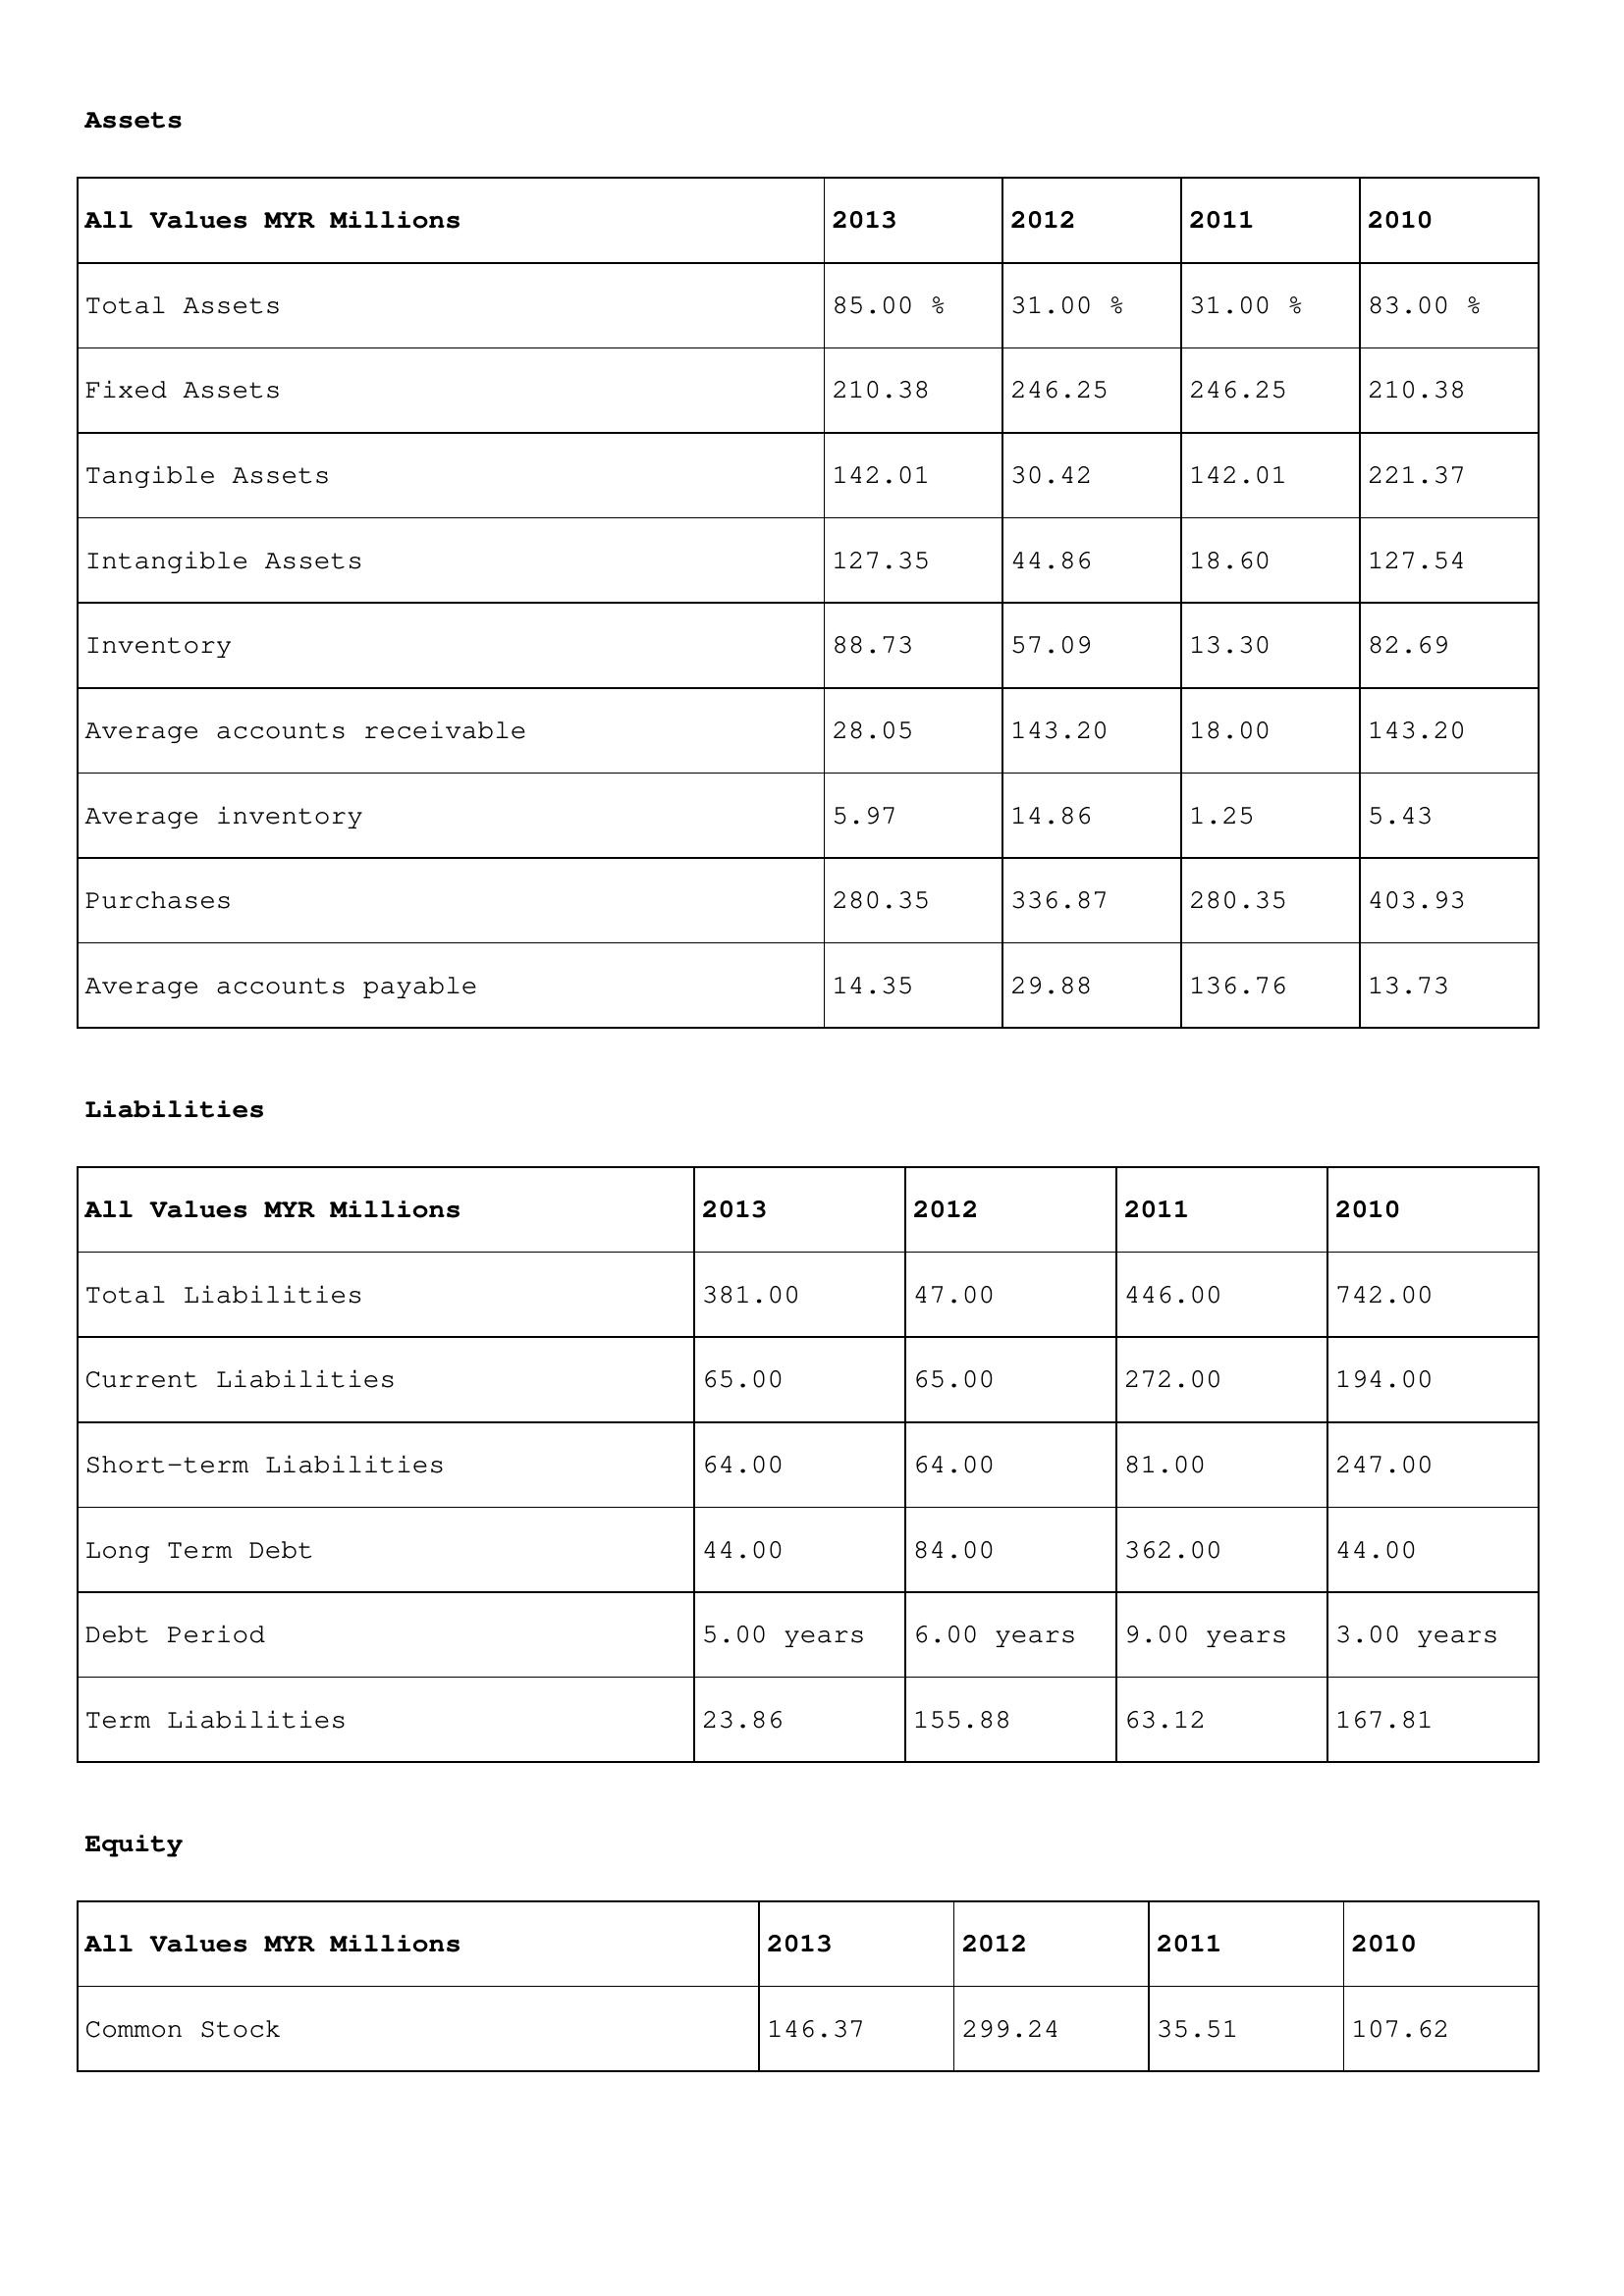
gt_parse: 2013: Assets: Total Assets: 85.00 %
Fixed Assets: 210.38
Tangible Assets: 142.01
Intangible Assets: 127.35
Inventory: 88.73
Average accounts receivable: 28.05
Average inventory: 5.97
Purchases: 280.35
Average accounts payable: 14.35
Liabilities: Total Liabilities: 381.00
Current Liabilities: 65.00
Short-term Liabilities: 64.00
Long Term Debt: 44.00
Debt Period: 5.00 years
Term Liabilities: 23.86
Equity: Common Stock: 146.37
2012: Assets: Total Assets: 31.00 %
Fixed Assets: 246.25
Tangible Assets: 30.42
Intangible Assets: 44.86
Inventory: 57.09
Average accounts receivable: 143.20
Average inventory: 14.86
Purchases: 336.87
Average accounts payable: 29.88
Liabilities: Total Liabilities: 47.00
Current Liabilities: 65.00
Short-term Liabilities: 64.00
Long Term Debt: 84.00
Debt Period: 6.00 years
Term Liabilities: 155.88
Equity: Common Stock: 299.24
2011: Assets: Total Assets: 31.00 %
Fixed Assets: 246.25
Tangible Assets: 142.01
Intangible Assets: 18.60
Inventory: 13.30
Average accounts receivable: 18.00
Average inventory: 1.25
Purchases: 280.35
Average accounts payable: 136.76
Liabilities: Total Liabilities: 446.00
Current Liabilities: 272.00
Short-term Liabilities: 81.00
Long Term Debt: 362.00
Debt Period: 9.00 years
Term Liabilities: 63.12
Equity: Common Stock: 35.51
2010: Assets: Total Assets: 83.00 %
Fixed Assets: 210.38
Tangible Assets: 221.37
Intangible Assets: 127.54
Inventory: 82.69
Average accounts receivable: 143.20
Average inventory: 5.43
Purchases: 403.93
Average accounts payable: 13.73
Liabilities: Total Liabilities: 742.00
Current Liabilities: 194.00
Short-term Liabilities: 247.00
Long Term Debt: 44.00
Debt Period: 3.00 years
Term Liabilities: 167.81
Equity: Common Stock: 107.62